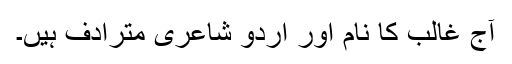
آج غالب کا نام اور اردو شاعری مترادف ہیں۔